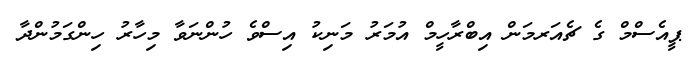
ޕީއެސްމް ގެ ޗެއަރމަން އިބްރާހީމް އުމަރު މަނިކު އިސްވެ ހުންނަވާ މިހާރު ހިންގަމުންދާ